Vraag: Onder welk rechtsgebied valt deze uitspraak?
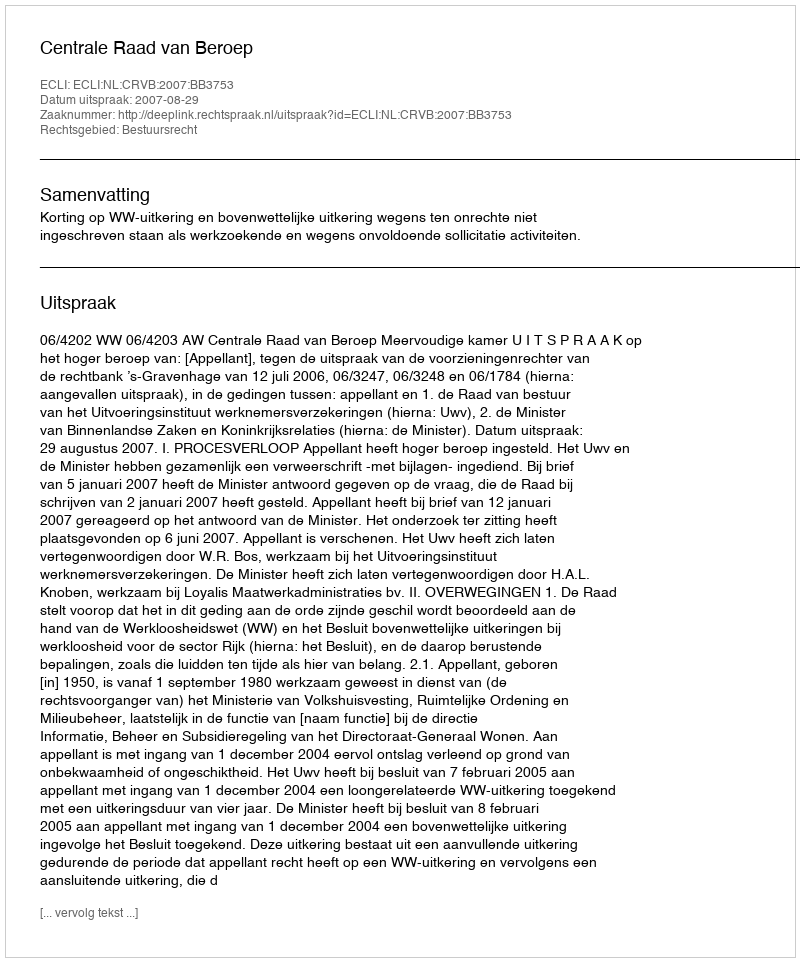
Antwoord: Bestuursrecht